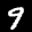
Label: 9